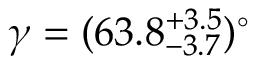
\gamma = ( 6 3 . 8 _ { - 3 . 7 } ^ { + 3 . 5 } ) ^ { \circ }